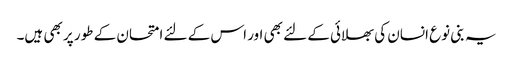
یہ بنی نوع انسان کی بھلائی کے لئے بھی اور اس کے لئے امتحان کے طور پر بھی ہیں۔